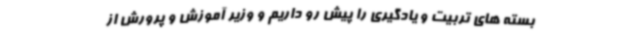
بسته های تربیت و یادگیری را پیش رو داریم و وزیر آموزش و پرورش از